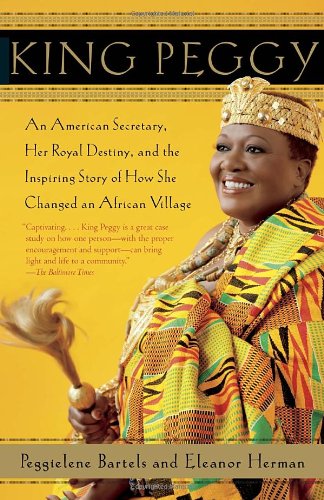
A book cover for King Peggy: An American Secretary, Her Royal Destiny, and the Inspiring Story of How She Changed an African Village; Peggielene Bartels; Biographies & Memoirs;